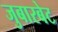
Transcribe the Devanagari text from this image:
जुबारबेट